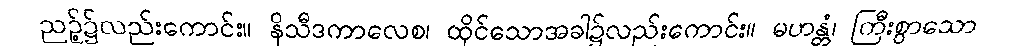
ညဉ့်၌လည်းကောင်း။ နိသီဒကာလေစ၊ ထိုင်သောအခါ၌လည်းကောင်း။ မဟန္တံ၊ ကြီးစွာသော